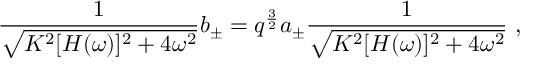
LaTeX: { \frac { 1 } { \sqrt { K ^ { 2 } [ H ( \omega ) ] ^ { 2 } + 4 \omega ^ { 2 } } } } b _ { \pm } = q ^ { \frac { 3 } { 2 } } a _ { \pm } { \frac { 1 } { \sqrt { K ^ { 2 } [ H ( \omega ) ] ^ { 2 } + 4 \omega ^ { 2 } } } } \ ,